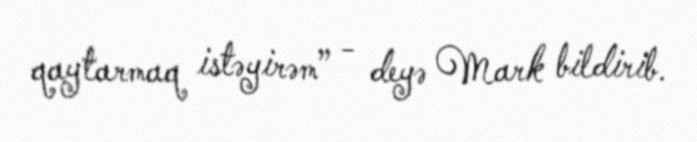
qaytarmaq istəyirəm” - deyə Mark bildirib.